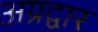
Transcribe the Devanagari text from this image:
अग्रद्वार